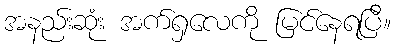
အနည်းဆုံး အက်ရှလေကို မြင်နေရပြီ။